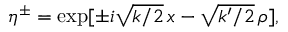
\eta ^ { \pm } = \exp [ \pm i \sqrt { k / 2 } \, x - \sqrt { k ^ { \prime } / 2 } \, \rho ] ,